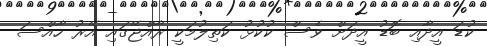
ކުޑަ އީދާއި ބޮޑު އީދަށް ވެސް ކުކުޅު ކަތިލުމަކީ ރާއްޖޭގައި އޭރު ހާއްސަ